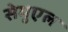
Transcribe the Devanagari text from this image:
सेमुएल